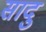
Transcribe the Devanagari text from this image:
सादु